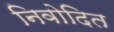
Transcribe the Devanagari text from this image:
निवोदित